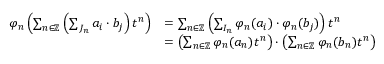
\begin{array} { r l } { \varphi _ { n } \left( \sum _ { n \in \mathbb { Z } } \left( \sum _ { J _ { n } } a _ { i } \cdot b _ { j } \right) t ^ { n } \right) } & { = \sum _ { n \in \mathbb { Z } } \left( \sum _ { I _ { n } } \varphi _ { n } ( a _ { i } ) \cdot \varphi _ { n } ( b _ { j } ) \right) t ^ { n } } \\ & { = \left( \sum _ { n \in \mathbb { Z } } \varphi _ { n } ( a _ { n } ) t ^ { n } \right) \cdot \left( \sum _ { n \in \mathbb { Z } } \varphi _ { n } ( b _ { n } ) t ^ { n } \right) } \end{array}